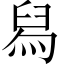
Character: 舄